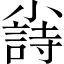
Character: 𡮲